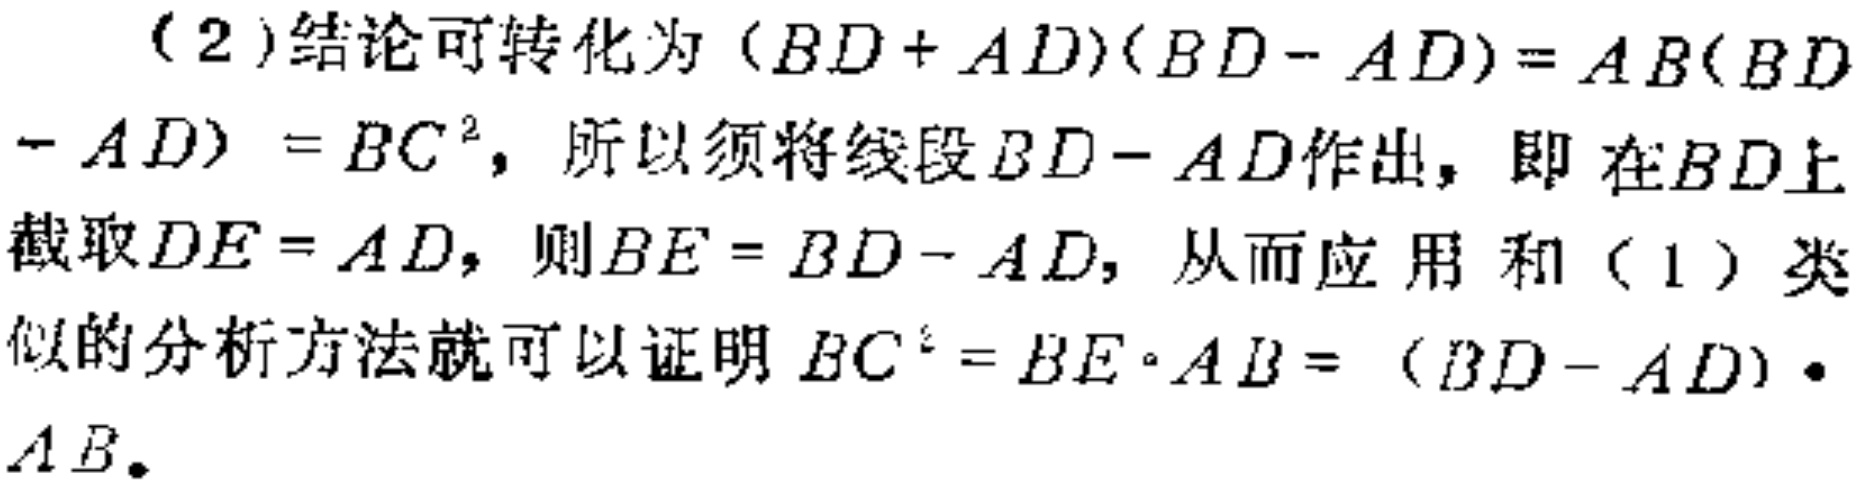
（2）结论可转化为\((BD + AD)(BD - AD)=AB(BD - AD)=BC^{2}\)，所以须将线段\(BD - AD\)作出，即在\(BD\)上截取\(DE = AD\)，则\(BE = BD - AD\)，从而应用和（1）类似的分析方法就可以证明\(BC^{2}=BE\cdot AB=(BD - AD)\cdot AB\)。